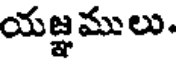
యజ్ఞములు.